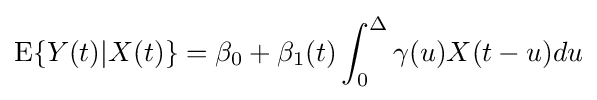
\mathrm {E} \{Y(t)|X(t)\}=\beta _{0}+\beta _{1}(t)\int _{0}^{\Delta }\gamma (u)X(t-u)du